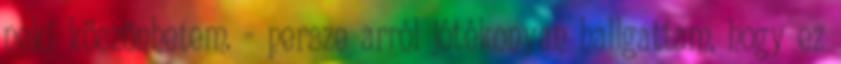
neki köszönhetem. - persze arról jótékonyan hallgattam, hogy ez